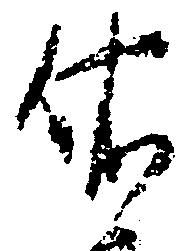
依